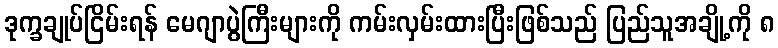
ဒုက္ခချုပ်ငြိမ်းရန် မေဂျာပွဲကြီးများကို ကမ်းလှမ်းထားပြီးဖြစ်သည် ပြည်သူအချို့ကို ၈